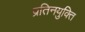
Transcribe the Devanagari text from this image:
प्रतिनयुक्ति